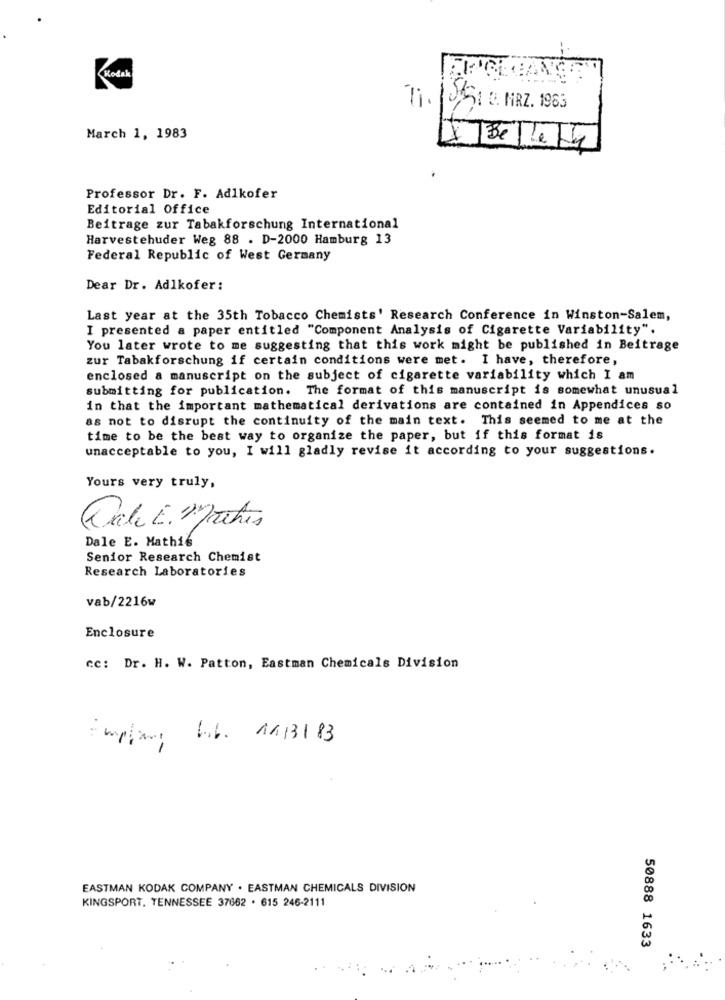
Kodak
71. 1051 8. MRZ. 1963
March 1, 1983
Professor Dr. F. Adlkofer
Editorial Office
Beitrage zur Tabakforschung International
Harvestehuder Weg 88 . D-2000 Hamburg 13
Federal Republic of West Germany
Dear Dr. Adlkofer:
Last year at the 35th Tobacco Chemists' Research Conference in Winston-Salem,
I presented a paper entitled "Component Analysis of Cigarette Variability".
You later wrote to me suggesting that this work might be published in Beitrage
zur Tabakforschung if certain conditions were met. I have, therefore,
enclosed a manuscript on the subject of cigarette variability which I am
submitting for publication. The format of this manuscript is somewhat unusual
in that the important mathematical derivations are contained in Appendices so
as not to disrupt the continuity of the main text. This seemed to me at the
time to be the best way to organize the paper, but if this format is
unacceptable to you, I will gladly revise it according to your suggestions.
Yours very truly,
Cale E. Mathes
Dale E. Mathis
Senior Research Chemist
Research Laboratories
vab/2216w
Enclosure
cc: Dr. H. W. Patton, Eastman Chemicals Division
L.b. 1113183
EASTMAN KODAK COMPANY . EASTMAN CHEMICALS DIVISION
KINGSPORT. TENNESSEE 37662 . 615 246-2111
50888 1633